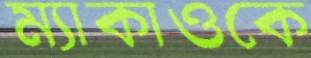
ম্যাকাওকে